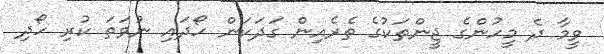
ވީމާ ދެ މީހުންގެ ޖީންތަކުގެ ތެރެއިން ގަދަކަން ހޯދައި ނުވަތަ ކުރި ހޯދި